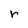
Character: r